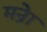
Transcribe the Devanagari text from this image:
मन्रेा